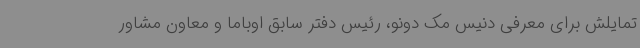
تمایلش برای معرفی دنیس مک دونو، رئیس دفتر سابق اوباما و معاون مشاور